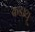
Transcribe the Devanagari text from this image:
कडायू